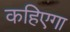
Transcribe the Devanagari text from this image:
कहिएगा